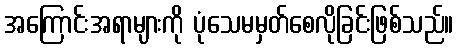
အကြောင်းအရာများကို ပုံသေမမှတ်စေလိုခြင်းဖြစ်သည်။